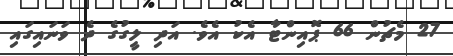
27 މެޗުން 66 ޕޮއިންޓާ އެކު އެވެ. އަދި ލީގުގެ ދެ ވަނައިގައި